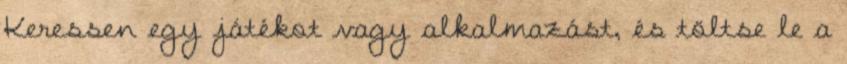
Keressen egy játékot vagy alkalmazást, és töltse le a